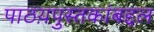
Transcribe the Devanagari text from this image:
पाठय़पुस्तकांबद्दल